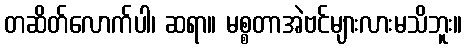
တဆိတ်လောက်ပါ၊ ဆရာ။ မစ္စတာအဲဗင်များလားမသိဘူး။